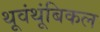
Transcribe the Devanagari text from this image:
थूवंथूंबिकल